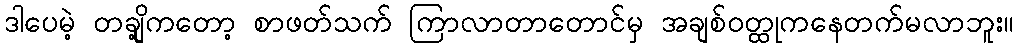
ဒါပေမဲ့ တချို့ကတော့ စာဖတ်သက် ကြာလာတာတောင်မှ အချစ်ဝတ္ထုကနေတက်မလာဘူး။